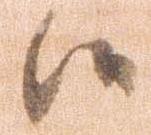
候